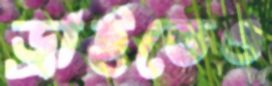
ড্রাইভেও